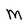
Character: M